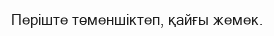
Періште төменшіктеп, қайғы жемек.